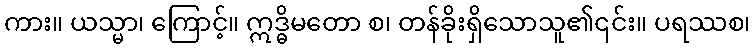
ကား။ ယသ္မာ၊ ကြောင့်။ ဣဒ္ဓိမတော စ၊ တန်ခိုးရှိသောသူ၏၎င်း။ ပရဿစ၊